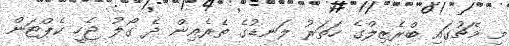
މި މެޗުގައި ބްރެޒިލްގެ ހަތަރު ލަނޑުގެ ތެރެއިން ދެ ގޯލު ޖެހީ ކެޕްޓަން